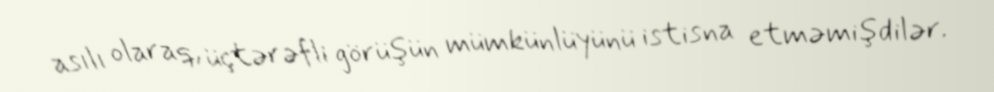
asılı olaraq, üçtərəfli görüşün mümkünlüyünü istisna etməmişdilər.